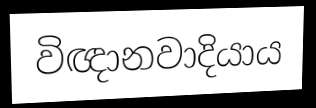
විඥානවාදියාය